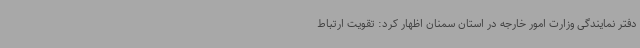
دفتر نمایندگی وزارت امور خارجه در استان سمنان اظهار کرد: تقویت ارتباط